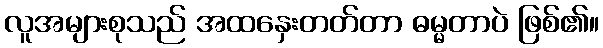
လူအများစုသည် အထနှေးတတ်တာ ဓမ္မတာပဲ ဖြစ်၏။